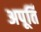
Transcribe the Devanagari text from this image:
अपूर्ति